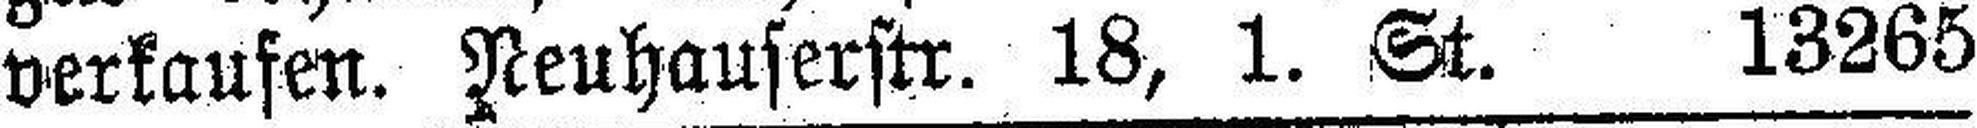
verkaufen. Neuhauserstr. 18, 1. St. 13265